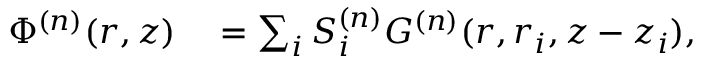
\begin{array} { r l } { \Phi ^ { ( n ) } ( r , z ) } & { { } = \sum _ { i } S _ { i } ^ { ( n ) } G ^ { ( n ) } ( r , r _ { i } , z - z _ { i } ) , } \end{array}